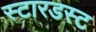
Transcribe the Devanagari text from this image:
स्‍टारडस्‍ट